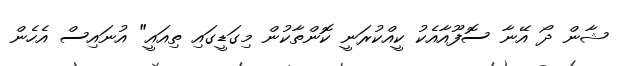
ޝާން ދޯ އޭނާ ސޮފޫއާއެކު ކީއްކުރަނީ ކޮންތާކުން މިގަޑީގައި ތިއައީ" އުނައިސް އެހެން